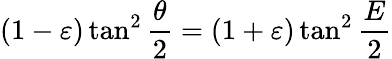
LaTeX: (1-\varepsilon)\tan^{2}{\frac{\theta}{2}}=(1+\varepsilon)\tan^{2}{\frac{E}{2}}